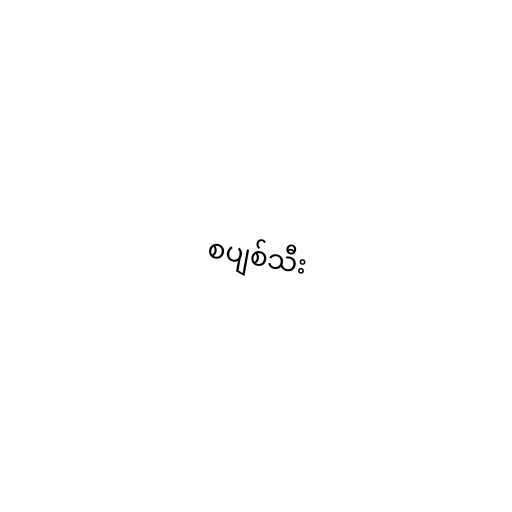
စပျစ်သီး